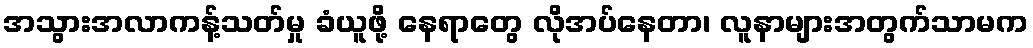
အသွားအလာကန့်သတ်မှု ခံယူဖို့ နေရာတွေ လိုအပ်နေတာ၊ လူနာများအတွက်သာမက